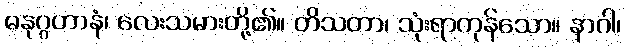
ဓနုဂ္ဂဟာနံ၊ လေးသမားတို့၏။ တိသတာ၊ သုံးရာကုန်သော။ နာဂါ၊